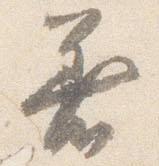
着